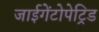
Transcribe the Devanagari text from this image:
जाईगेंटोपेट्रिड